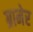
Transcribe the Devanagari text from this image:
ग्रामेर